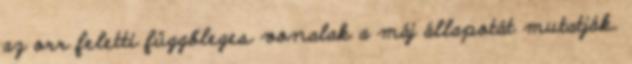
az orr feletti függőleges vonalak a máj állapotát mutatják.